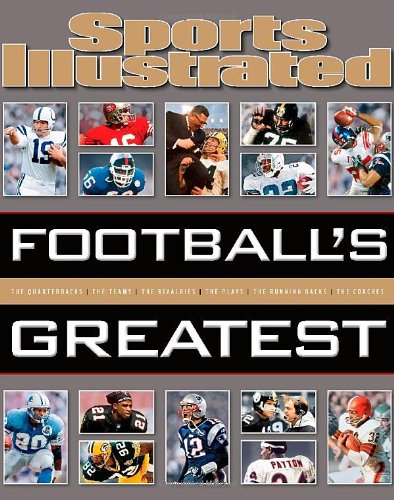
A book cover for Sports Illustrated Football's Greatest; Editors of Sports Illustrated; Sports & Outdoors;